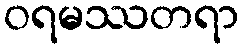
ဝရမဿတရာ